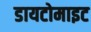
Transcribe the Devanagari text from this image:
डायटोमाइट